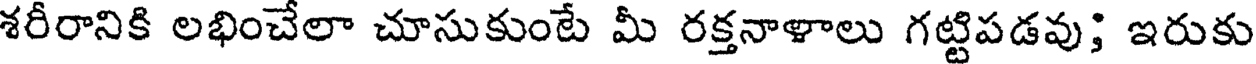
శరీరానికి లభించేలా చూసుకుంటే మీ రక్తనాళాలు గట్టిపడవు; ఇరుకు